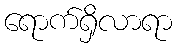
ရောက်ရှိလာရာ